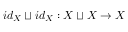
i d _ { X } \sqcup i d _ { X } : X \sqcup X \to X